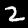
Label: 2